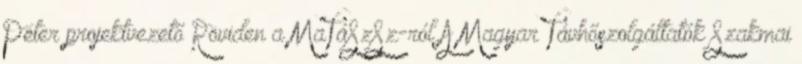
Péter projektvezető Röviden a MaTáSzSz-ról A Magyar Távhőszolgáltatók Szakmai